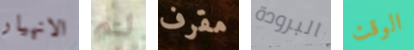
الانهيار لم مقرف البرودة الوقت